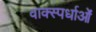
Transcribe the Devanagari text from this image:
वाक्स्पर्धाओं